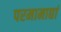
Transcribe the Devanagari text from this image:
परमामाद्यां